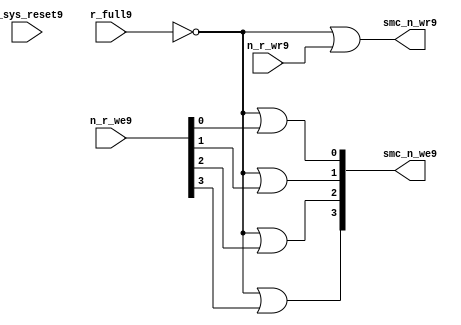
//File9 name   : smc_wr_enable_lite9.v
//Title9       : 
//Created9     : 1999
//Description9 : 
//Notes9       : 
//----------------------------------------------------------------------
//   Copyright9 1999-2010 Cadence9 Design9 Systems9, Inc9.
//   All Rights9 Reserved9 Worldwide9
//
//   Licensed9 under the Apache9 License9, Version9 2.0 (the
//   "License9"); you may not use this file except9 in
//   compliance9 with the License9.  You may obtain9 a copy of
//   the License9 at
//
//       http9://www9.apache9.org9/licenses9/LICENSE9-2.0
//
//   Unless9 required9 by applicable9 law9 or agreed9 to in
//   writing, software9 distributed9 under the License9 is
//   distributed9 on an "AS9 IS9" BASIS9, WITHOUT9 WARRANTIES9 OR9
//   CONDITIONS9 OF9 ANY9 KIND9, either9 express9 or implied9.  See
//   the License9 for the specific9 language9 governing9
//   permissions9 and limitations9 under the License9.
//----------------------------------------------------------------------


  module smc_wr_enable_lite9 (

                      //inputs9                      

                      n_sys_reset9,
                      r_full9,
                      n_r_we9,
                      n_r_wr9,

                      //outputs9

                      smc_n_we9,
                      smc_n_wr9);

//I9/O9
   
   input             n_sys_reset9;   //system reset
   input             r_full9;    // Full cycle write strobe9
   input [3:0]       n_r_we9;    //write enable from smc_strobe9
   input             n_r_wr9;    //write strobe9 from smc_strobe9
   output [3:0]      smc_n_we9;  // write enable (active low9)
   output            smc_n_wr9;  // write strobe9 (active low9)
   
   
//output reg declaration9.
   
   reg [3:0]          smc_n_we9;
   reg                smc_n_wr9;

//----------------------------------------------------------------------
// negedge strobes9 with clock9.
//----------------------------------------------------------------------
      

//----------------------------------------------------------------------
      
//--------------------------------------------------------------------
// Gate9 Write strobes9 with clock9.
//--------------------------------------------------------------------

  always @(r_full9 or n_r_we9)
  
  begin
  
     smc_n_we9[0] = ((~r_full9  ) | n_r_we9[0] );

     smc_n_we9[1] = ((~r_full9  ) | n_r_we9[1] );

     smc_n_we9[2] = ((~r_full9  ) | n_r_we9[2] );

     smc_n_we9[3] = ((~r_full9  ) | n_r_we9[3] );

  
  end

//--------------------------------------------------------------------   
//write strobe9 generation9
//--------------------------------------------------------------------   

  always @(n_r_wr9 or r_full9 )
  
     begin
  
        smc_n_wr9 = ((~r_full9 ) | n_r_wr9 );
       
     end

endmodule // smc_wr_enable9